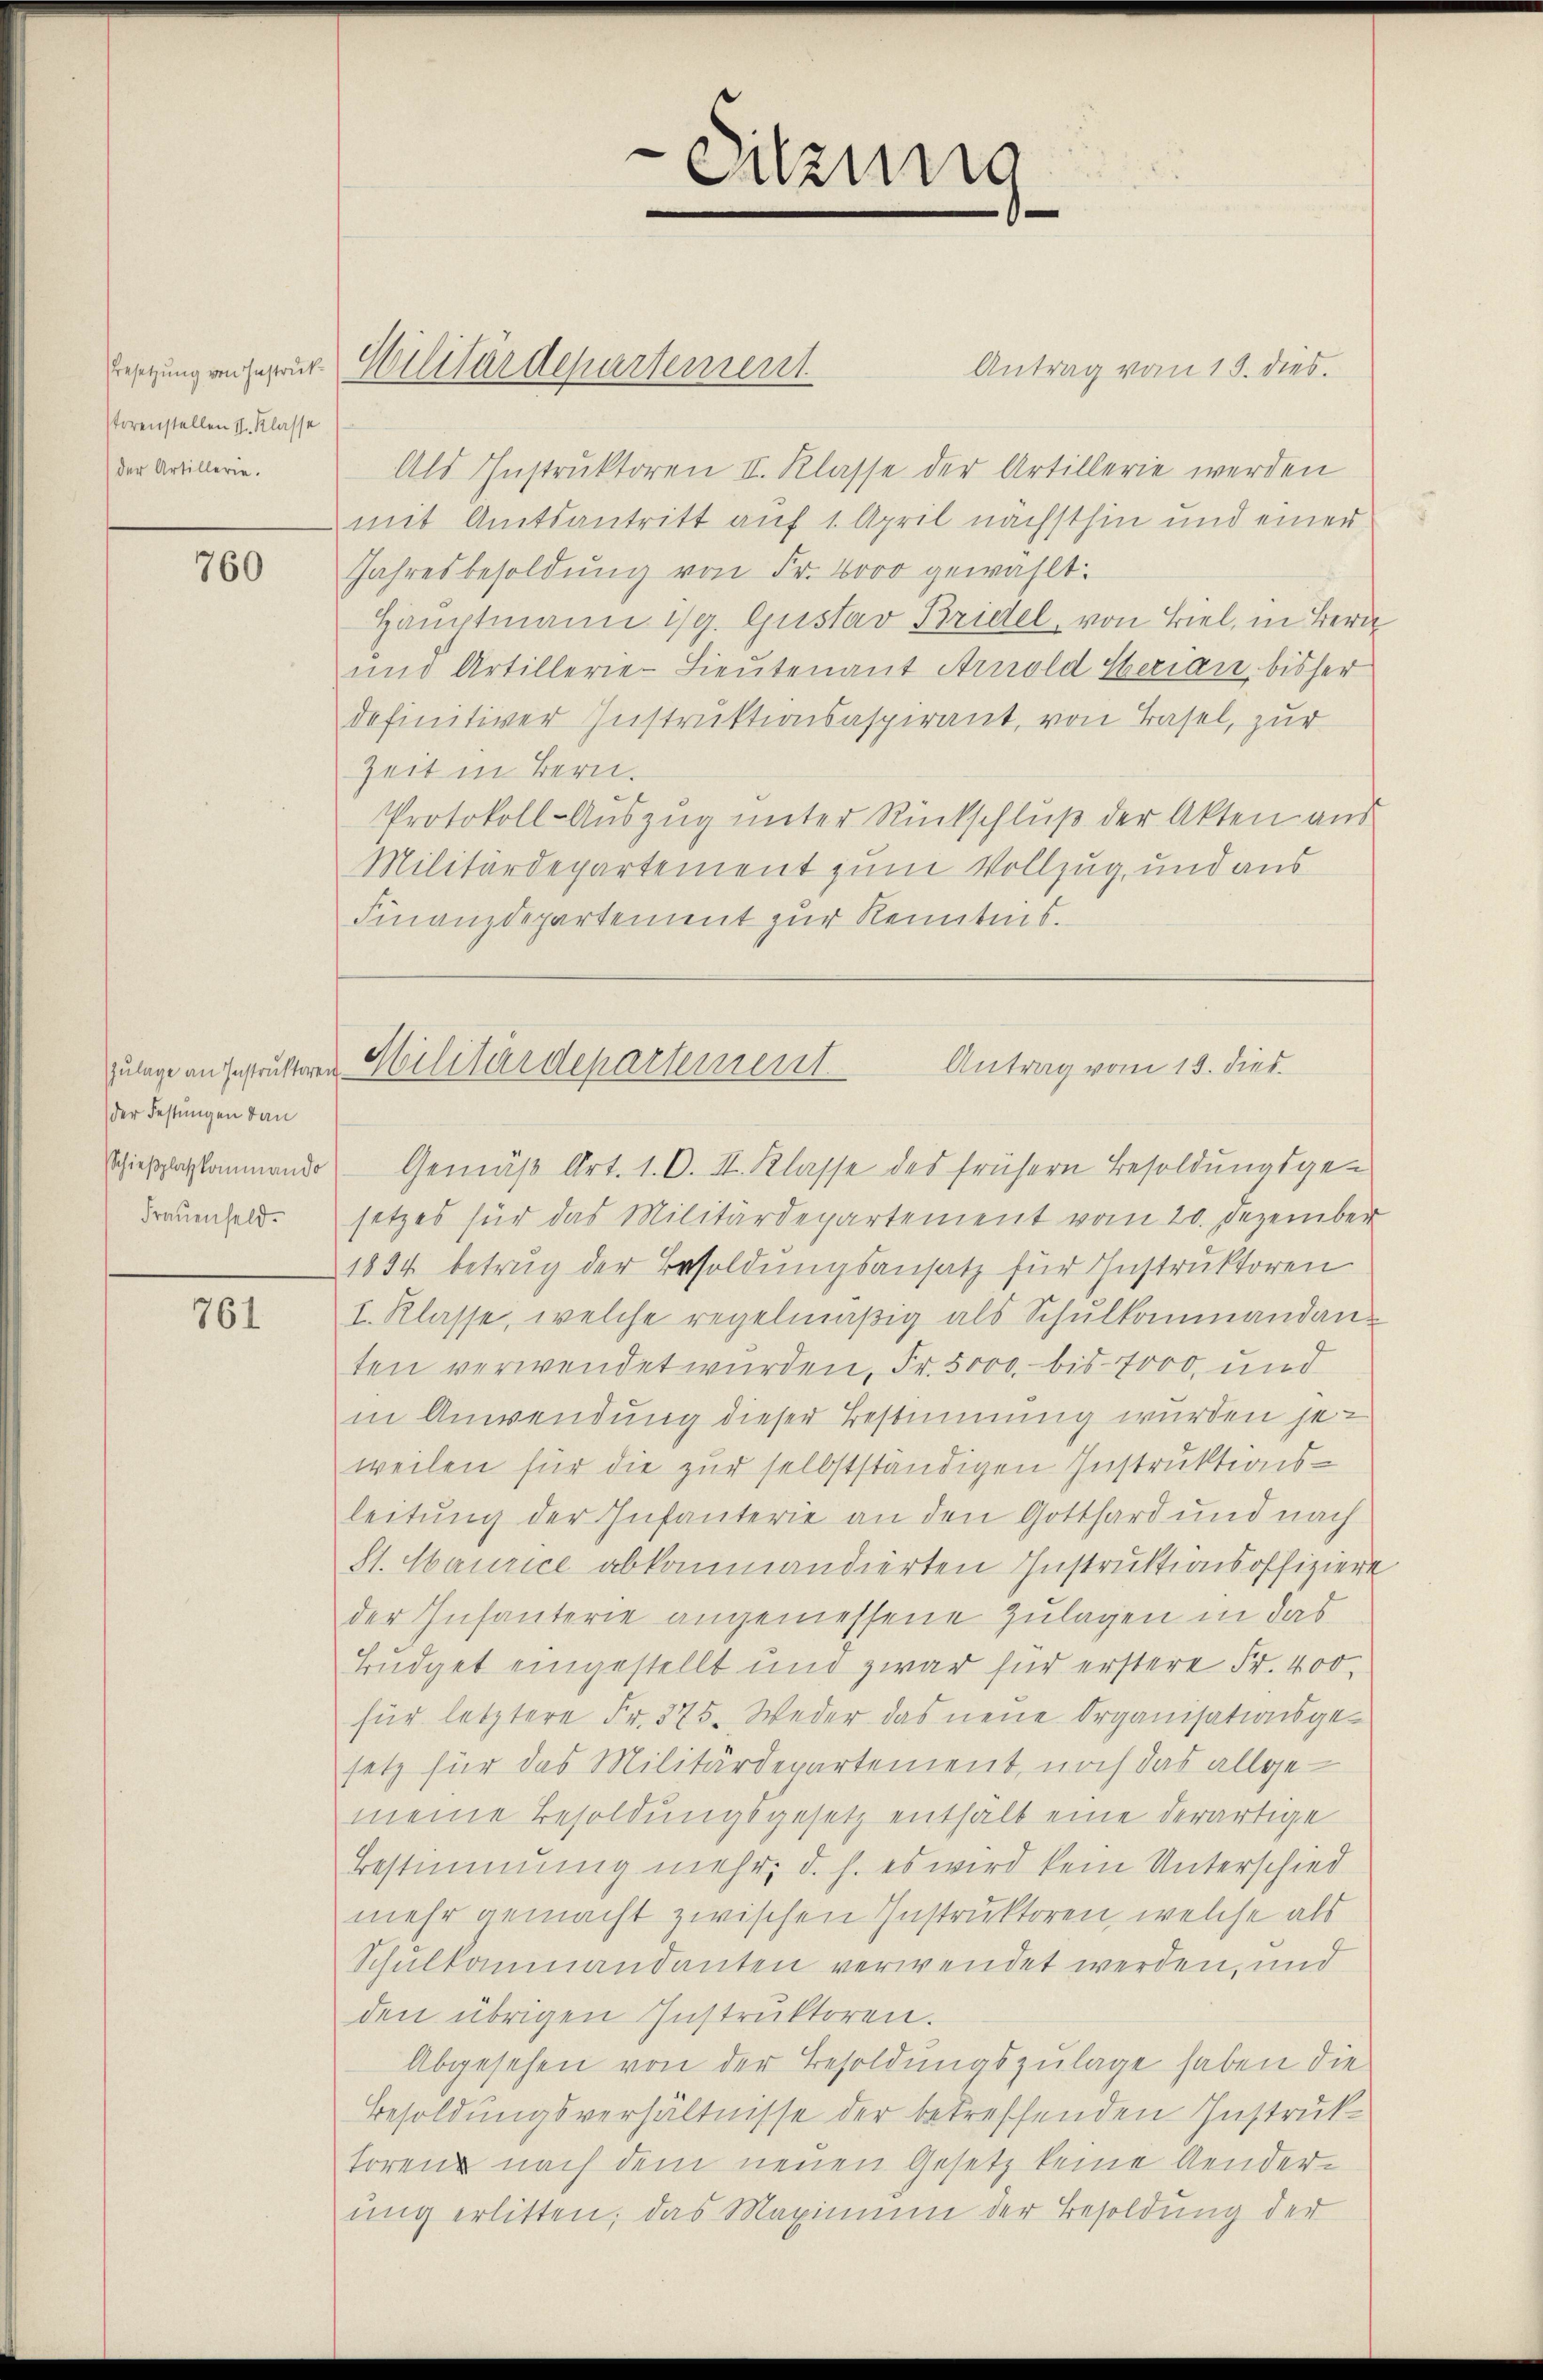
störenstellen II. Klasse
der Artillerie.

760

der Festungen dan
Frauenfeld.

761

Antrag vom 19. dies
Als Instruktoren II. Klasse der Artillerie werden
mit Amtsantritt auf 1 April nächsthin und einer
Jahresbesoldŭng von Fr. 4000 gewählt.
Hauptmann ist. Gustav Bridel, von Biel, in Bern
und Artillerie-Lieutenant Arnold Serian, bisher
definitiver Instruktionsaspirant, von Basel, zur
Zeit in Bern.
Protokoll-Auszug unter Rückschluß der Akten aus
Militärdepartement zum Vollzug, und aus
Finanzdepartement zur Kenntnis.

besetzung anspruch Militärdepartement

e
Sitzung
e

Zulage anstrukteren Militärdepartement
Antrag vom 19. dies

schießplaskommando Gemäß Art. 1. O. II. Klasse des frühern Besoldungsge-
setzes für das Militärdepartement vom 20. Dezember
1834 betrug der Besoldungsansatz für Instruktoren
I. Klasse, welche regelmäßig als Schulkommandan-
ten verwendet würden, Fr. 5000. bis 7000, und
in Anwendung dieser Bestimmung wurden jeweilen für die zur selbstständigen Instruktionsleitung der Infanterie an den Gotthard und nach
St. Maurice abkommandierten Instruktionsoffiziere
der Infanterie angemessene Zulagen in das
Budget eingestellt und zwar für erstere Fr. 400
für letztere Fr. 375. Weder das neue Organisationsgesetz für das Militärdepartement, noch das allgemeine Besoldungsgesetz enthalb eine derartige
Bestimmung mehr, d. h. es wird kein Unterschied
mehr gemacht zwischen Instruktoren, welche als
Schulkammandanten verwendet werden, und
den übrigen Instruktoren.
Abgesehen von der Besoldungszulage haben die
Besoldungsverhältnisse der betreffenden Instruktoren nach dem neuen Gesetz keine Aenderung erlitten, das Maximum der Besoldung der